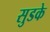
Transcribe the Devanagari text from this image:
सुडके